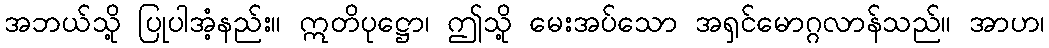
အဘယ်သို့ ပြုပါအံ့နည်း။ ဣတိပုဋ္ဌော၊ ဤသို့ မေးအပ်သော အရှင်မောဂ္ဂလာန်သည်။ အာဟ၊